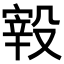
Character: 𣪮